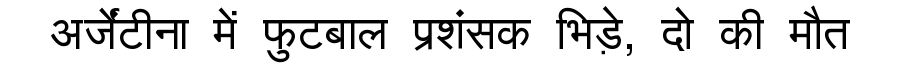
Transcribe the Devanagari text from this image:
अर्जेंटीना में फुटबाल प्रशंसक भिड़े, दो की मौत